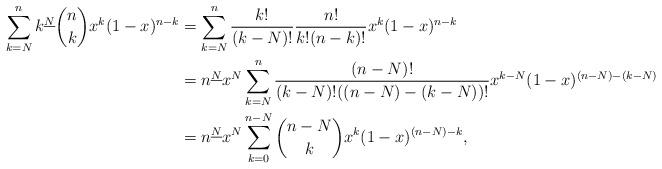
LaTeX: \begin{align*}\sum_{k=N}^n k^{\underline{N}} \binom{n}{k} x^k (1 - x)^{n-k} & = \sum_{k=N}^n \frac{k!}{(k-N)!} \frac{n!}{k!(n-k)!} x^k (1-x)^{n-k} \\& = n^{\underline{N}} x^N \sum_{k=N}^n \frac{(n-N)!}{(k-N)!((n-N)-(k-N))!} x^{k-N} (1-x)^{(n-N)-(k-N)} \\& = n^{\underline{N}} x^N \sum_{k=0}^{n-N} \binom{n-N}{k} x^k (1-x)^{(n-N)-k},\end{align*}